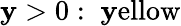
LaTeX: \mathbf{y}>0:\; {\mathrm{{\mathbf{y}ellow}}}